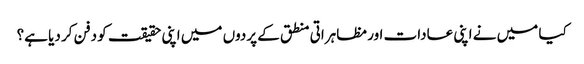
کیا میں نے اپنی عادات اور مظاہراتی منطق کے پردوں میں اپنی حقیقت کو دفن کر دیا ہے؟